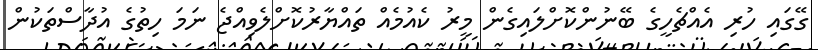
ގޭގައި ހުރި އެއްޗެހީގެ ބޭނުންކޮށްލައިގެން މީރު ކެއުމެއް ތައްޔާރުކޮށްލެވިއްޖެ ނަމަ ހިތުގެ އުދާސްތަކުން